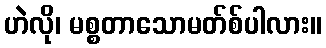
ဟဲလို၊ မစ္စတာသောမတ်စ်ပါလား။